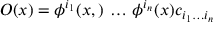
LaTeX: { \cal O } ( x ) = \phi ^ { i _ { 1 } } ( x , ) \, \dots \, \phi ^ { i _ { n } } ( x ) c _ { i _ { 1 } \dots i _ { n } }